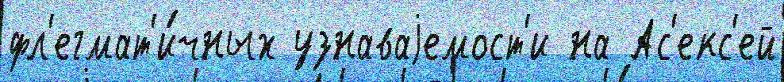
фл'егмат'и́чных узнаваjемост'и на Ас'екс'ей